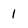
Character: 1